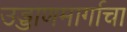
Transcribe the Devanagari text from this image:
उड्डाणमार्गाचा